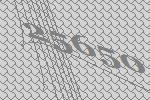
25650